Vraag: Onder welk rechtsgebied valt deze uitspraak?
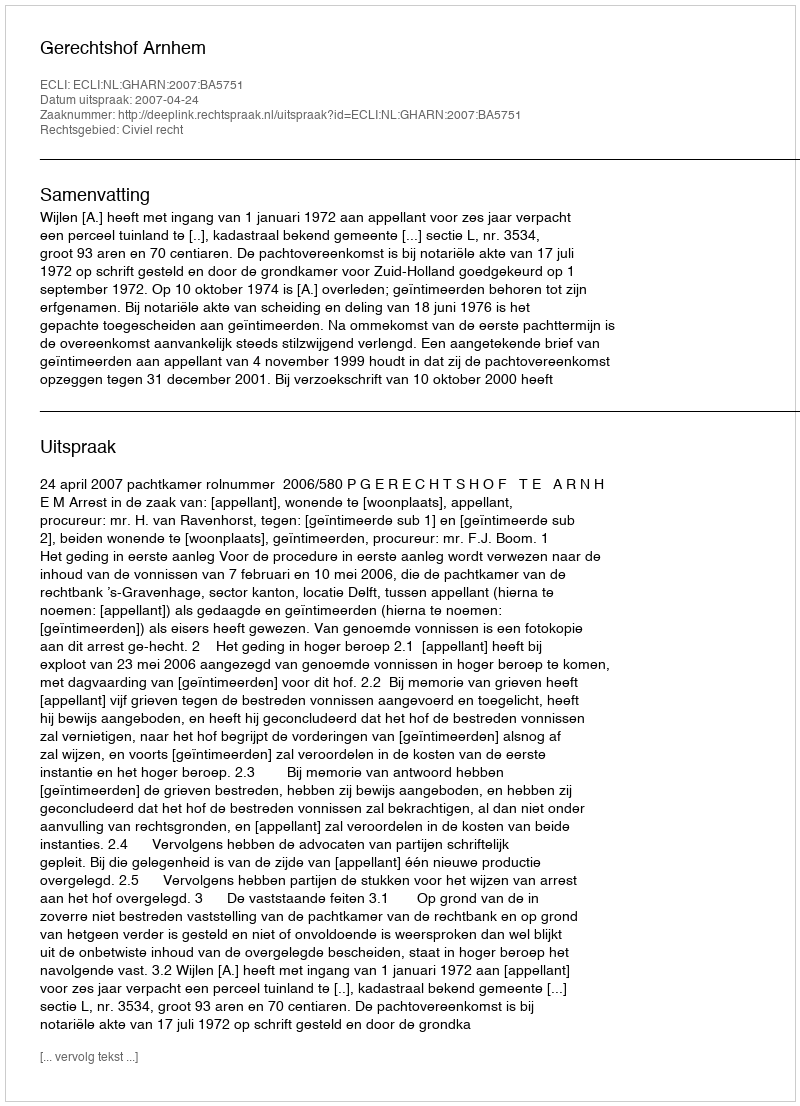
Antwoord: Civiel recht